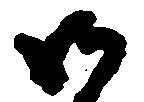
御